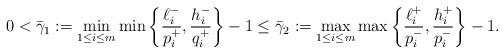
LaTeX: \begin{align*}0<\bar{\gamma}_1:=\min_{1\leq i\leq m} \min\left\{\frac{\ell_i^-}{p_i^+},\frac{h_i^-}{q_i^+}\right\}-1\leq\bar{\gamma}_2:=\max_{1\leq i\leq m} \max\left\{\frac{\ell_i^+}{p_i^-},\frac{h_i^+}{p_i^-}\right\}-1.\end{align*}